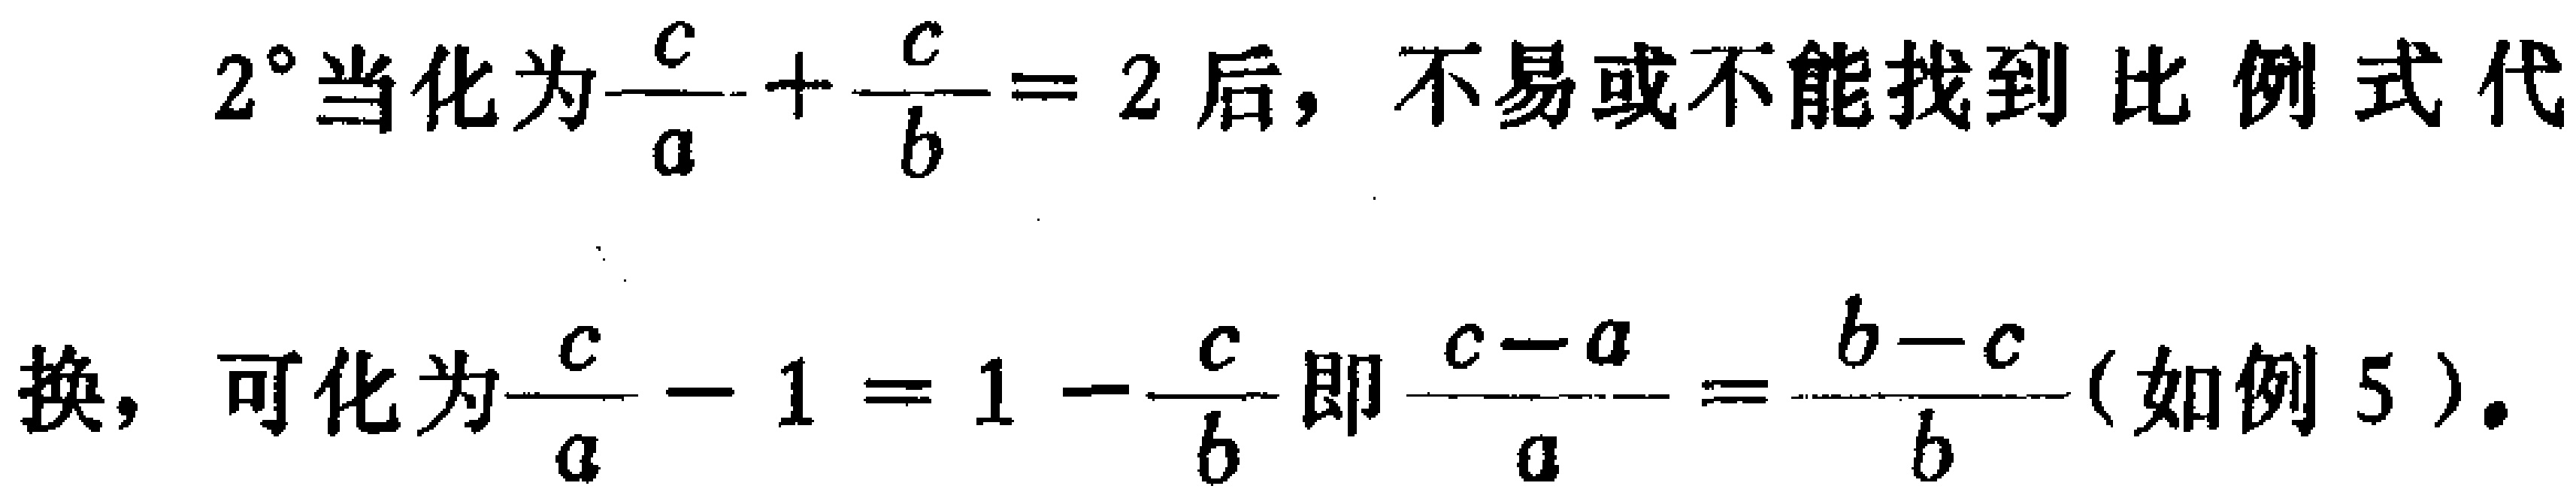
$2^{\circ}$当化为$\frac{c}{a}+\frac{c}{b}=2$后，不易或不能找到比例式代
换，可化为$\frac{c}{a}-1 = 1-\frac{c}{b}$即$\frac{c - a}{a}=\frac{b - c}{b}$(如例5)。